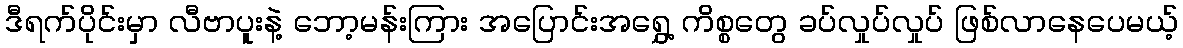
ဒီရက်ပိုင်းမှာ လီဗာပူးနဲ့ ဘော့မန်းကြား အပြောင်းအရွှေ့ ကိစ္စတွေ ခပ်လှုပ်လှုပ် ဖြစ်လာနေပေမယ့်